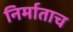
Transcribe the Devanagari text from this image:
निर्माताच